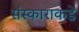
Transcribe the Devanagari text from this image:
संस्काराकडे